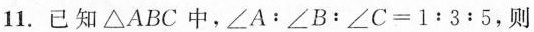
11.已知△ABC中，$$∠ A ： ∠ B ： ∠ C = 1 : 3 : 5$$，则